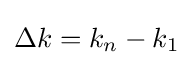
\Delta k=k_{n}-k_{1}